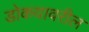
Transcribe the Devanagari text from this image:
डोकयावरील